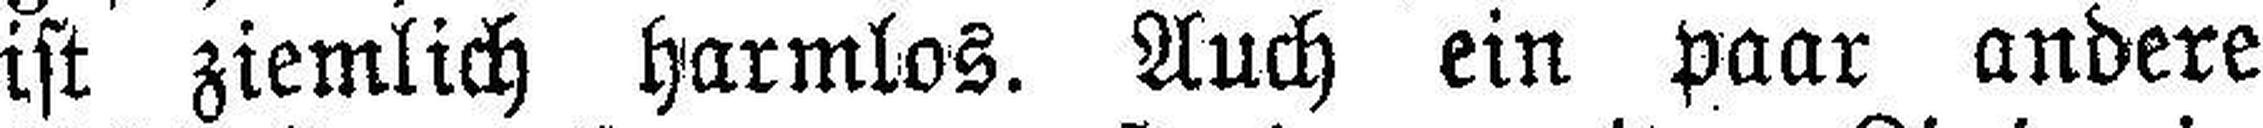
ist ziemlich harmlos. Auch ein paar andere